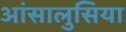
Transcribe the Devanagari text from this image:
आंसालुसिया